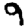
Digit: 9